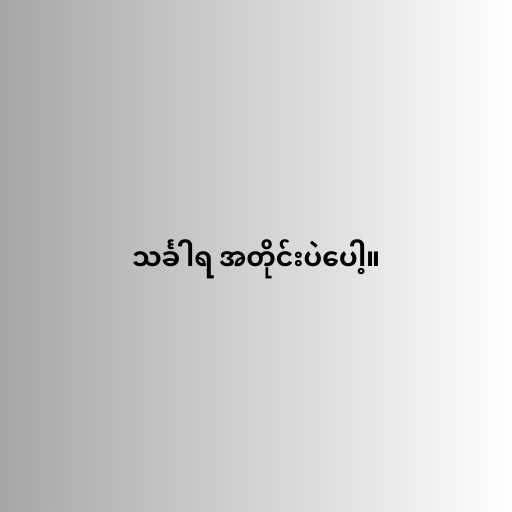
သင်္ခါရ အတိုင်းပဲပေါ့။